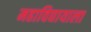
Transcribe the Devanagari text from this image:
महाविद्यायाला